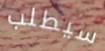
سيطلب